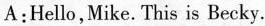
A:Hello,Mike. This is Becky.